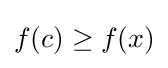
f(c)\geq f(x)